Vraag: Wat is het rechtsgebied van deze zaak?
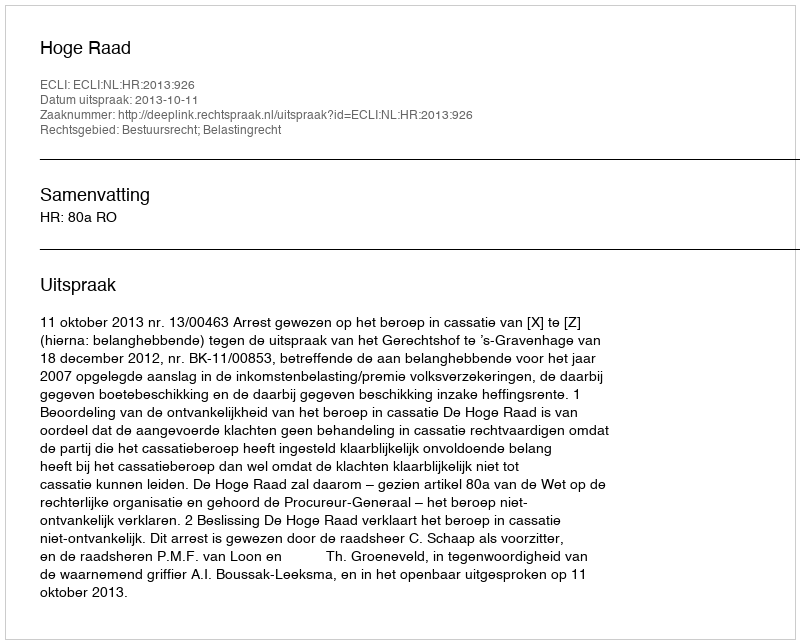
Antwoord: Bestuursrecht; Belastingrecht